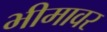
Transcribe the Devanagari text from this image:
भीमावर